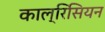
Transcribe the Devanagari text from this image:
काल्रिसियन